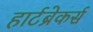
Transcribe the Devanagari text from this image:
हार्टब्रेकर्स